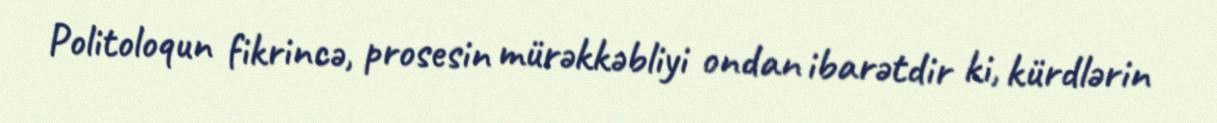
Politoloqun fikrincə, prosesin mürəkkəbliyi ondan ibarətdir ki, kürdlərin